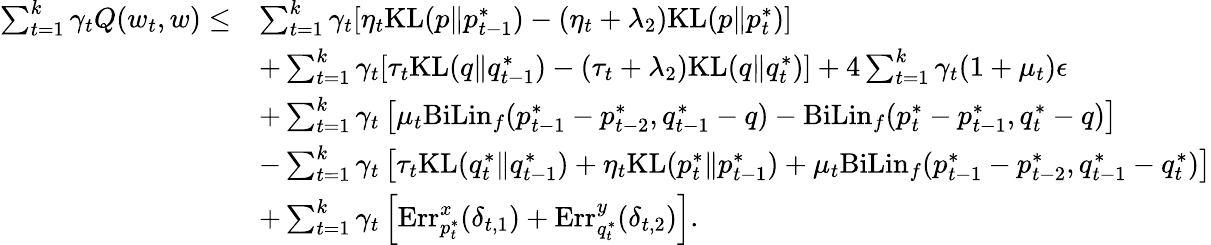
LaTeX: \begin{array}{rl}{\sum_{t=1}^{k}\gamma_{t}Q(w_{t},w)\leq}&{\sum_{t=1}^{k}\gamma_{t}[\eta_{t}\mathrm{KL}(p\| p_{t-1}^{*})-(\eta_{t}+\lambda_{2})\mathrm{KL}(p\| p_{t}^{*})]}\\ &{+\sum_{t=1}^{k}\gamma_{t}[\tau_{t}\mathrm{KL}(q\| q_{t-1}^{*})-(\tau_{t}+\lambda_{2})\mathrm{KL}(q\| q_{t}^{*})]+4\sum_{t=1}^{k}\gamma_{t}(1+\mu_{t})\epsilon}\\ &{+\sum_{t=1}^{k}\gamma_{t}\left[\mu_{t}\mathrm{BiLin}_{f}(p_{t-1}^{*}-p_{t-2}^{*},q_{t-1}^{*}-q)-\mathrm{BiLin}_{f}(p_{t}^{*}-p_{t-1}^{*},q_{t}^{*}-q)\right]}\\ &{-\sum_{t=1}^{k}\gamma_{t}\left[\tau_{t}\mathrm{KL}(q_{t}^{*}\| q_{t-1}^{*})+\eta_{t}\mathrm{KL}(p_{t}^{*}\| p_{t-1}^{*})+\mu_{t}\mathrm{BiLin}_{f}(p_{t-1}^{*}-p_{t-2}^{*},q_{t-1}^{*}-q_{t}^{*})\right]}\\ &{+\sum_{t=1}^{k}\gamma_{t}\left[\mathrm{Err}_{p_{t}^{*}}^{x}(\delta_{t,1})+\mathrm{Err}_{q_{t}^{*}}^{y}(\delta_{t,2})\right].}\end{array}